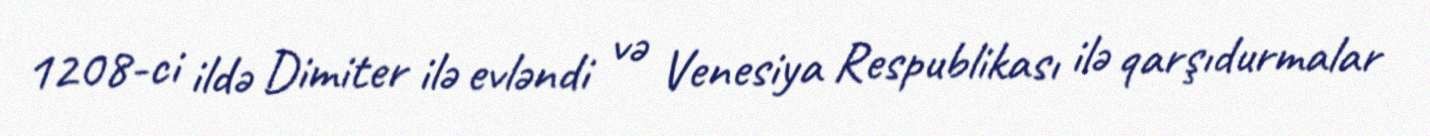
1208-ci ildə Dimiter ilə evləndi və Venesiya Respublikası ilə qarşıdurmalar